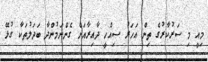
މިއީ މި ސަރުކާރުގެ ތިން އަހަރު ސިއްހީ ދާއިރާއަށް ގެންނަމުންދާ ބަދަލުތަކާ ގުޅޭ